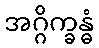
အဂ္ဂိက္ခန္ဓံ